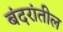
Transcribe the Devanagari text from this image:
बंदरांतील